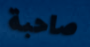
صاحبة